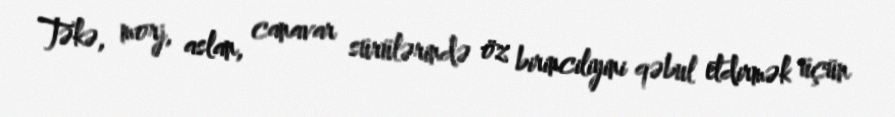
Təkə, morj, aslan, canavar sürülərində öz birinciliyini qəbul etdirmək üçün